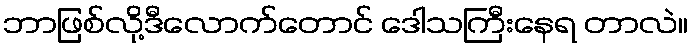
ဘာဖြစ်လို့ဒီလောက်တောင် ဒေါသကြီးနေရ တာလဲ။